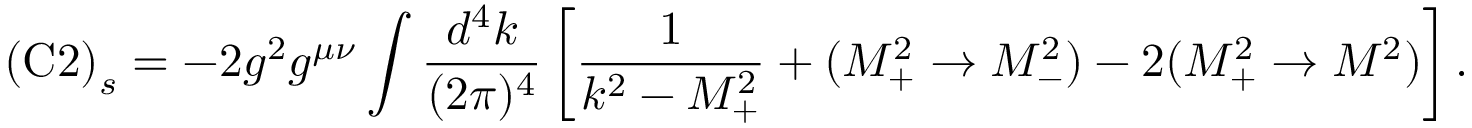
\mathrm { ( C 2 ) } _ { s } = - 2 g ^ { 2 } g ^ { \mu \nu } \int \frac { d ^ { 4 } k } { ( 2 \pi ) ^ { 4 } } \left[ \frac { 1 } { k ^ { 2 } - M _ { + } ^ { 2 } } + ( M _ { + } ^ { 2 } \rightarrow M _ { - } ^ { 2 } ) - 2 ( M _ { + } ^ { 2 } \rightarrow M ^ { 2 } ) \right] .